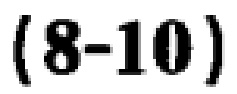
\((8 - 10)\)